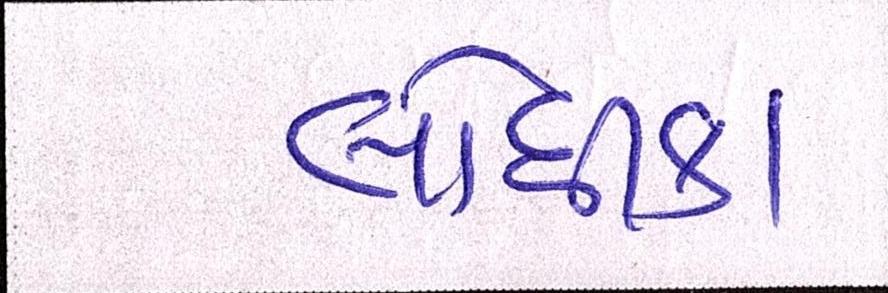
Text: લોધીકા